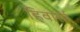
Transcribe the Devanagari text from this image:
हिवारई